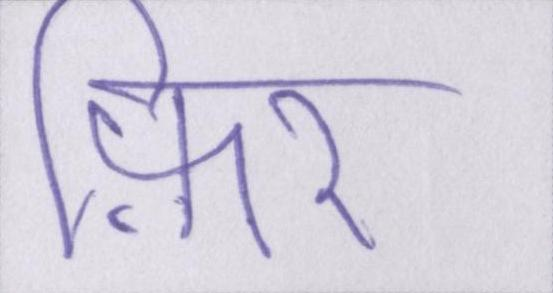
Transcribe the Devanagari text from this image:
फ़िर